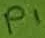
Text: P1